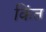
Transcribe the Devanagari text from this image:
किंत